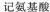
记氨基酸